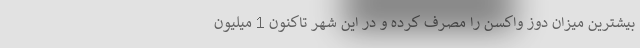
بیشترین میزان دوز واکسن را مصرف کرده و در این شهر تاکنون 1 میلیون